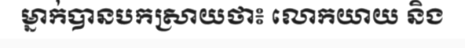
ម្នាក់បានបកស្រាយថា៖ លោកយាយ និង